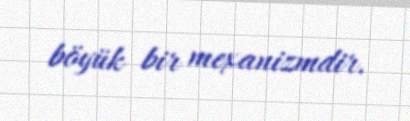
böyük bir mexanizmdir.